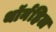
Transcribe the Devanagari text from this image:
थॉर्नहिल